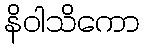
နိဝါသိကော